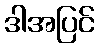
ဒါအပြင်